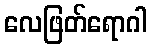
လေဖြတ်ရောဂါ